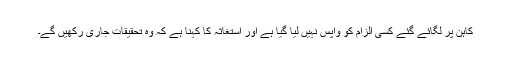
کاہن پر لگائے گئے کسی الزام کو واپس نہیں لیا گیا ہے اور استغاثہ کا کہنا ہے کہ وہ تحقیقات جاری رکھیں گے۔